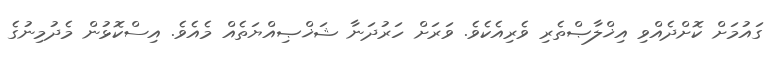
ގައުމަށް ކޮށްދެއްވި އިޚްލާޞްތެރި ވެރިއެކެވެ. ވަރަށް ހަރުދަނާ ޝަޚްޞިއްޔަތެއް މެއެވެ. އިސްކޮޅުން މެދުމިނުގެ